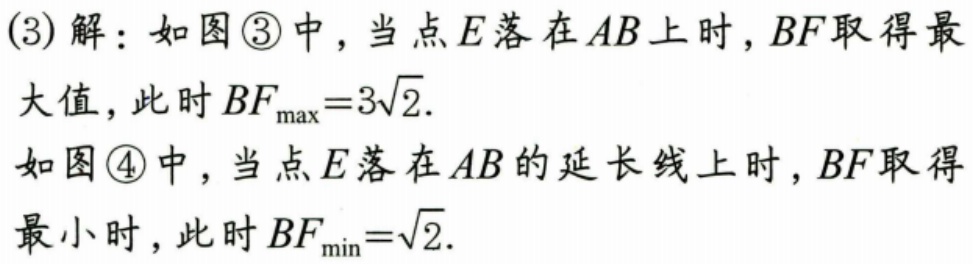
(3)解：如图\textcircled{3}中，当点\(E\)落在\(AB\)上时，\(BF\)取得最大值，此时\(BF_{\max}=3\sqrt{2}\).
如图\textcircled{4}中，当点\(E\)落在\(AB\)的延长线上时，\(BF\)取得最小时，此时\(BF_{\min}=\sqrt{2}\).